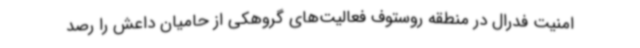
امنیت فدرال در منطقه روستوف فعالیت‌های گروهکی از حامیان داعش را رصد